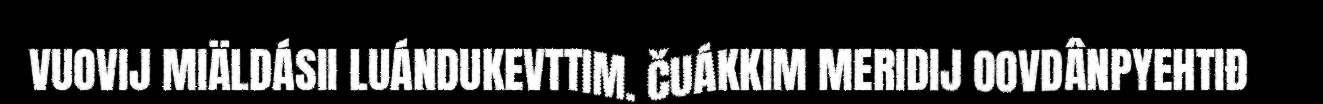
VUOVIJ MIÄLDÁSII LUÁNDUKEVTTIM. ČUÁKKIM MERIDIJ OOVDÂNPYEHTIĐ